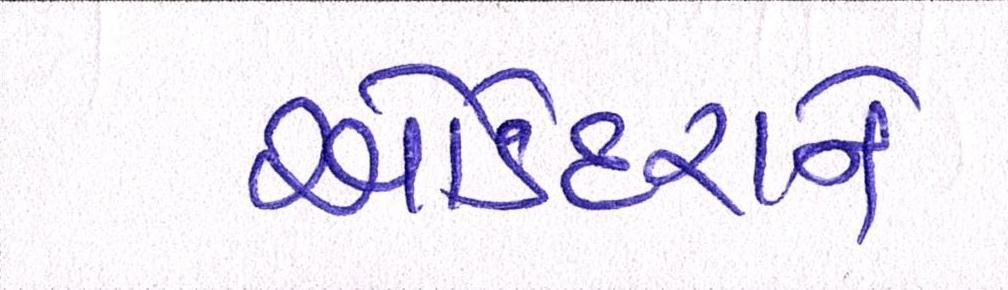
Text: ઓડેદરાને